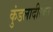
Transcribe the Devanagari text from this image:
कुंडलादीरक्त